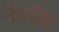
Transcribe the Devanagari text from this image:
नेपरीय